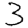
Digit: 3